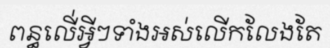
ពន្ធលើ់អ្វីៗទាំងអស់លើកលែងតែ